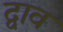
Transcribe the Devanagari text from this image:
द्वाव